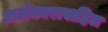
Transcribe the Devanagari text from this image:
अलंकारासहित